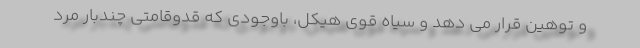
و توهین قرار می دهد و سیاه قوی هیکل، باوجودی که قدوقامتی چندبار مرد